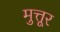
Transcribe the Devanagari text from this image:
मुत्तूर